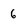
Character: 6